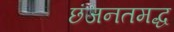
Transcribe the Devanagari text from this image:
छंजनतमद्ध